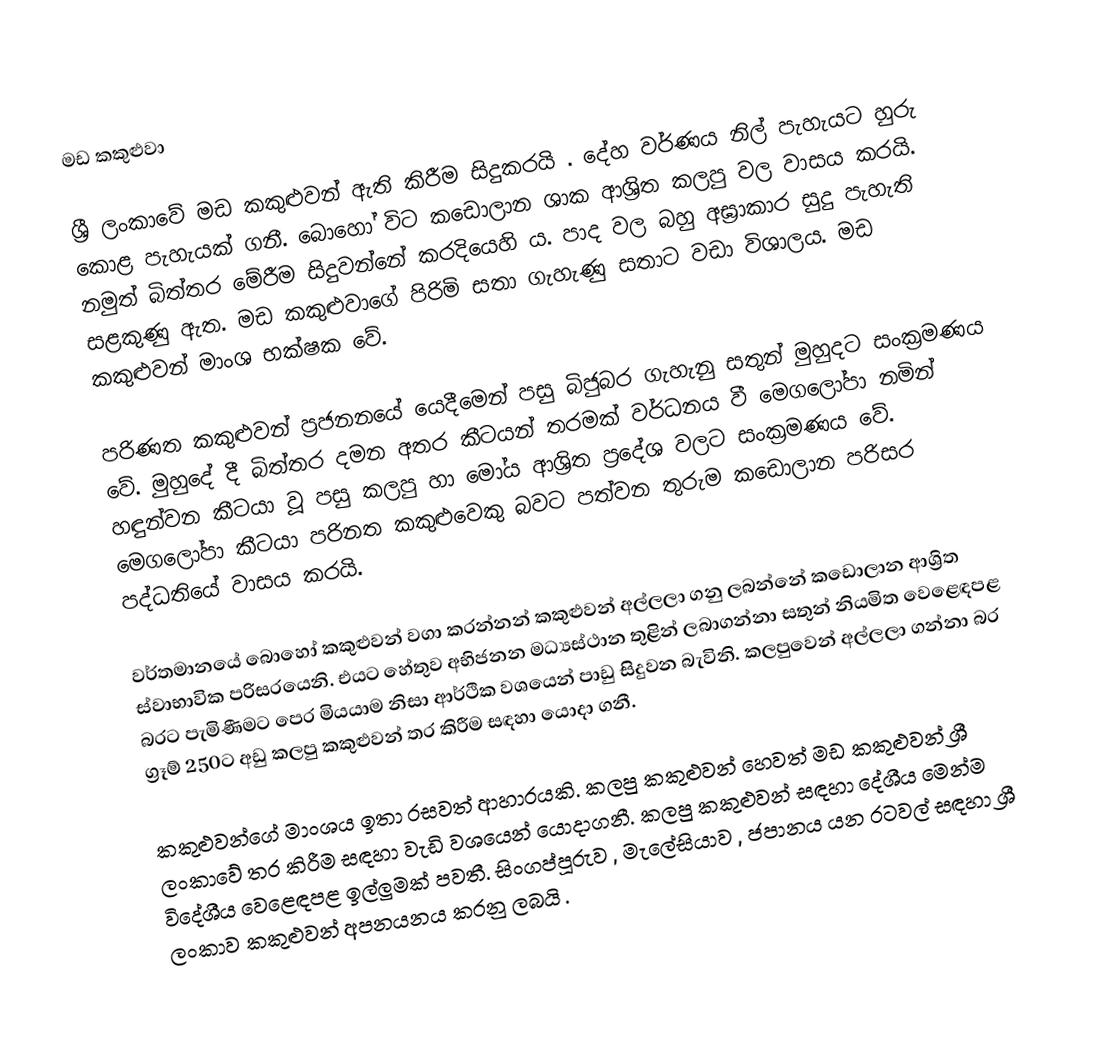
මඩ කකුළුවා

ශ්‍රී ලංකාවේ මඩ කකුළුවන් ඇති කිරීම සිදුකරයි . දේහ වර්ණය නිල් පැහැයට හුරු කොළ පැහැයක් ගනී. බොහෝ විට කඩොලාන ශාක ආශ්‍රිත කලපු වල වාසය කරයි. නමුත් බිත්තර මේරීම සිදුවන්නේ කරදියෙහි ය. පාද වල බහු අඝ්‍රාකාර සුදු පැහැති සළකුණු ඇත. මඩ කකුළුවාගේ පිරිමි සතා ගැහැණු සතාට වඩා විශාලය. මඩ කකුළුවන් මාංශ භක්ෂක වේ.

පරිණත කකුළුවන් ප්‍රජනනයේ යෙදීමෙන් පසු බිජුබර ගැහැනු සතුන් මුහුදට සංක්‍රමණය වේ. මුහුදේ දී බිත්තර දමන අතර කීටයන් තරමක් වර්ධනය වී මෙගලෝපා නමින් හඳුන්වන කීටයා වූ පසු කලපු හා මෝය ආශ්‍රිත ප්‍රදේශ වලට සංක්‍රමණය වේ. මෙගලෝපා කීටයා පරිනත කකුළුවෙකු බවට පත්වන තුරුම කඩොලාන පරිසර පද්ධතියේ වාසය කරයි.

වර්තමානයේ බොහෝ කකුළුවන් වගා කරන්නන් කකුළුවන් අල්ලලා ගනු ලබන්නේ කඩොලාන ආශ්‍රිත ස්වාභාවික පරිසරයෙනි. එයට හේතුව අභිජනන මධ්‍යස්ථාන තුළින් ලබාගන්නා සතුන් නියමිත වෙළෙඳපළ බරට පැමිණීමට පෙර මියයාම නිසා ආර්ථික වශයෙන් පාඩු සිදුවන බැවිනි. කලපුවෙන් අල්ලලා ගන්නා බර ග්‍රෑම් 250ට අඩු කලපු කකුළුවන් තර කිරීම සඳහා යොදා ගනී.

කකුළුවන්ගේ මාංශය ඉතා රසවත් ආහාරයකි. කලපු කකුළුවන් හෙවත් මඩ කකුළුවන් ශ්‍රී ලංකාවේ තර කිරීම සඳහා වැඩි වශයෙන් යොදාගනී. කලපු කකුළුවන් සඳහා දේශීය මෙන්ම විදේශීය වෙළෙඳපළ ඉල්ලුමක් පවතී. සිංගප්පූරුව , මැලේසියාව , ජපානය යන රටවල් සඳහා ශ්‍රී ලංකාව කකුළුවන් අපනයනය කරනු ලබයි .